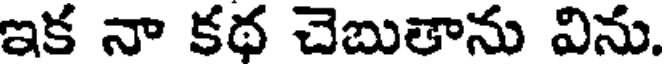
ఇక నా కథ చెబుతాను విను.